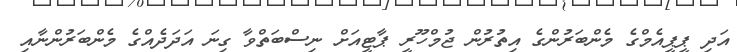
އަދި ޕީޕީއެމްގެ މެންބަރުންގެ އިތުރުން ޖުމްހޫރީ ޕާޓީއަށް ނިސްބަތްވާ ގިނަ އަދަދެއްގެ މެންބަރުންނާއި